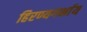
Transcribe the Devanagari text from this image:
हिरण्यगर्भाय